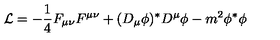
{ \cal L } = - { \frac { 1 } { 4 } } F _ { \mu \nu } F ^ { \mu \nu } + ( D _ { \mu } \phi ) ^ { * } D ^ { \mu } \phi - m ^ { 2 } \phi ^ { * } \phi